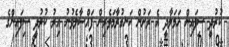
ކުރުދީ ސިފައިން ހަމަލާދީ އެ ރަށުން ހަނގުރާމަވެރިން ފައްސާލެވުނު އިރު ކުރުދީ ސިފައިންގެ